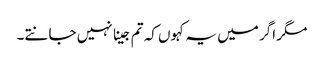
مگر اگر میں یہ کہوں کہ تم جینا نہیں جانتے۔